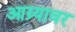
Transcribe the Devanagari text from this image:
आग्र्यावर